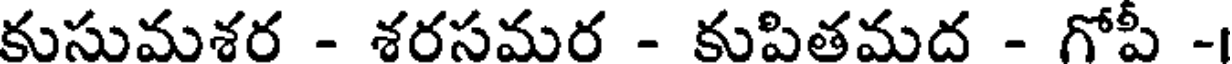
కుసుమశర - శరసమర - కుపితమద - గోపీ -